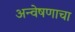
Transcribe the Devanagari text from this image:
अन्वेषणाचा